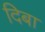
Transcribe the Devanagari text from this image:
दिबा